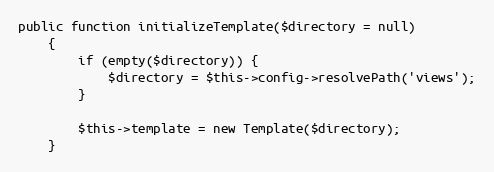
Language: PHP
public function initializeTemplate($directory = null)
	{
		if (empty($directory)) {
			$directory = $this->config->resolvePath('views');
		}

		$this->template = new Template($directory);
	}